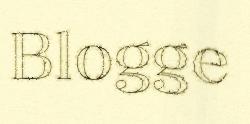
Blogge